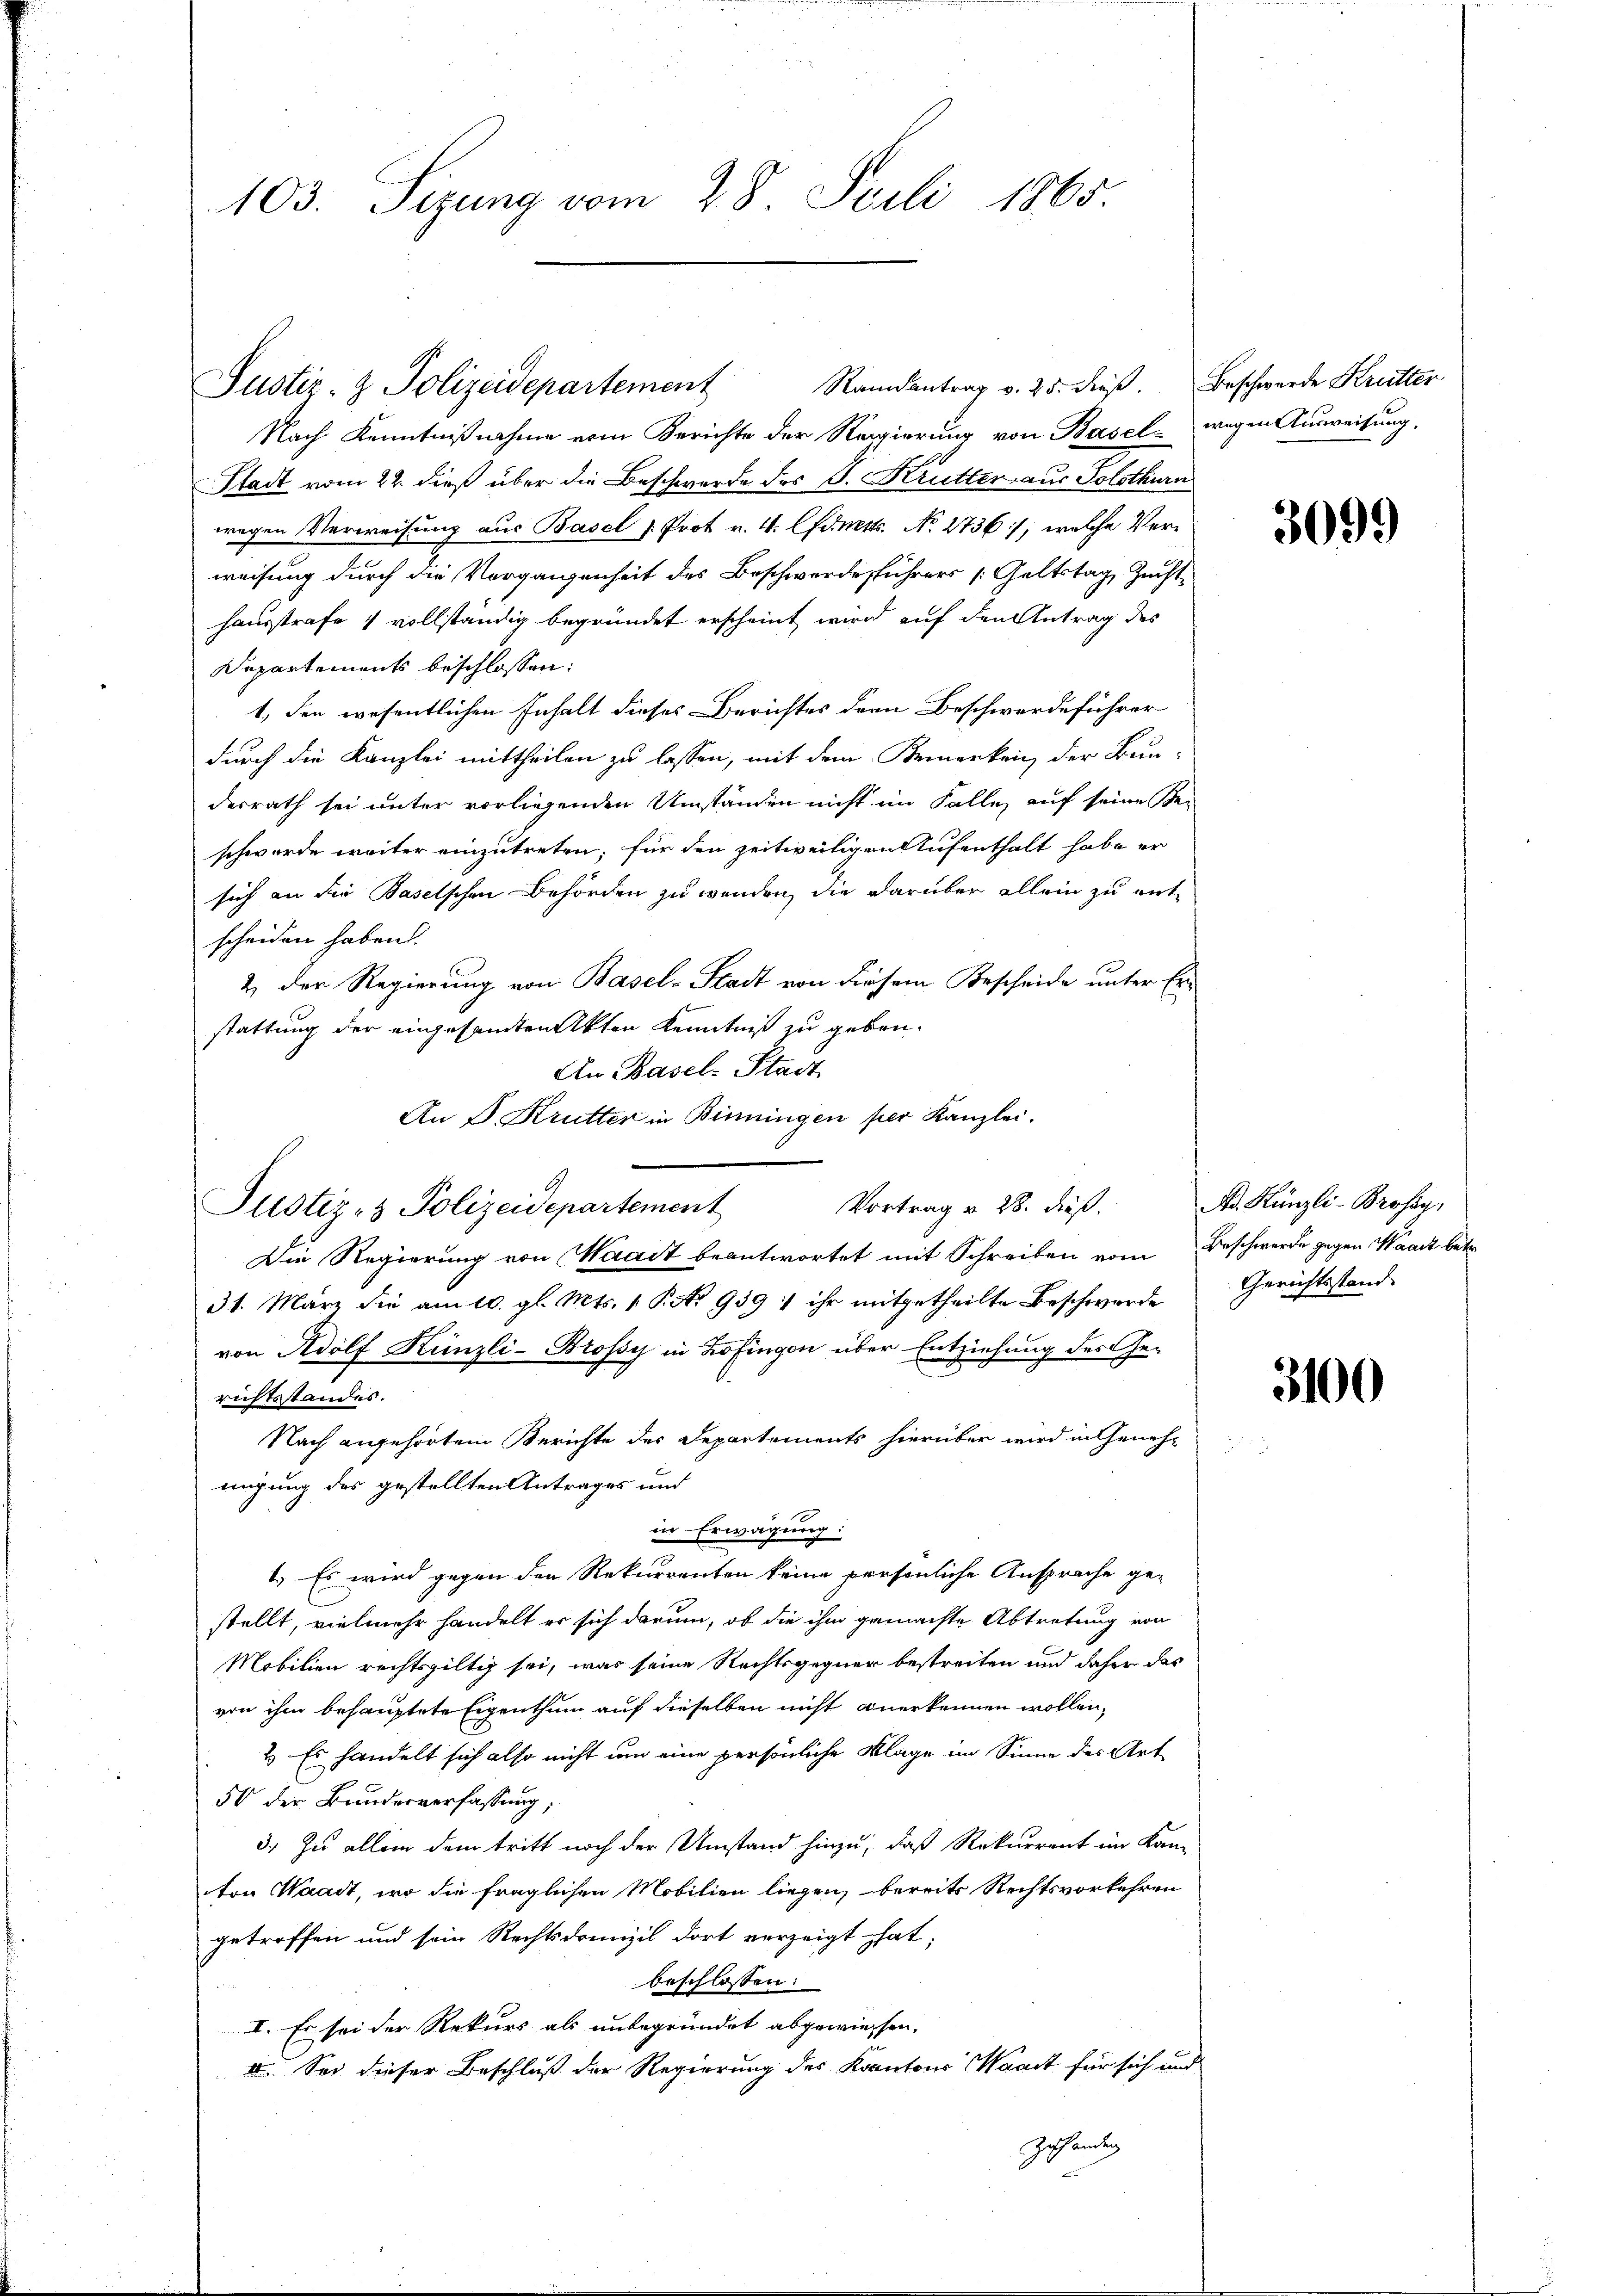
103. Sizung vom 28. Juli 1865.

Justiz- & Polizeidepartement Randantrag v. 25. dieß. Beschwerde Krutter
Nach Kenntnißnahme vom Berichte der Regierung von Basel wegen Ausweisung,
Stadt vom 22. dieß über die Beschwerde des B. Krutter aus Solothurn
wegen Verweisung aus Basel 1. Prot v. 4. Cements. No. 2736, welche Verweisung durch die Vergangenheit des Beschwerdeführers Geltstag Zucht,
hausstrafe 1 vollständig begründet erscheint wird auf den Antrag des
Departements beschlossen:
1., den wesentlichen Inhalt dieses Berichtes dern Beschwerdeführer
durch die Kanzlei mittheilen zu lassen, mit dem Bemerken der Bun-
derrath sei unter vorliegenden Umständen nicht im Falle, auf seine Beschwerde weiter einzutreten; für den zeitweiligen Aufenthalt habe er
sich an die Baselschen Behörden zu wenden, die darüber allein zu entscheiden haben.
& der Regierung von Basel-Stadt von diesem Bescheide unter Erstattung der eingesamten Akten Kenntniß zu geben.
An Basels Stadt
An P. Krutter in Binningen per Kanzlei.
Vortrag v. 28. dieß.
Justiz- & Polizeidepartement
Die Regierung von Waadt beantwortet mit Schreiben vom Beschwerde gegen Waadt betr
31. März die am 10. gl. Mts. 1 Pkt. 939 ; ihr mitgetheilte Beschwerde
von Adolf Künzli-Brofsy in Zofingen über Entziehung des Ge-
richtsstandes.
Nach angehörtem Berichte des Departements hierüber wird in Genehmigung des gestellten Antrages und
in Erwägung:
1.) Es wird gegen den Rekurrenten keine persönliche Ansprache gestellt, vielmehr handelt er sich darum, ob die ihm gemachte Abtretung von
Mobilien rechtsgültig sei, was seine Rechtsgegner bestreiten und daher das
von ihm behauptete Eigenthum auf dieselben nicht anerkennen wollen,
2. Es handelt sich also nicht um eine persönliche Klage im Sinne des Art
50 der Bundesverfassung,
3.) Zu allem dem tritt noch der Umstand hinzu, daß Rekurrent im Kanton Waadt, wo die fraglichen Mobilien liegen, bereits Rechtsvorkehren
getroffen und sein Rechtsdannzil dort verzeigt hat;
beschlossen:
I. Es sei der Rekurs als unbegründet abgewiessen.
I. Sei dieser Beschluß der Regierung des Kantons Waadt für sich und
zuhändig

3099

A. Künzli-Brofay,
Gerichtsstand.

3100